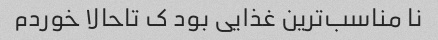
نا مناسب‌ترین غذایی بود ک تاحالا خوردم